Indian journal of veterinary science and animal husbandry - Volumes 24-25, 1954-1955
Year: 1954
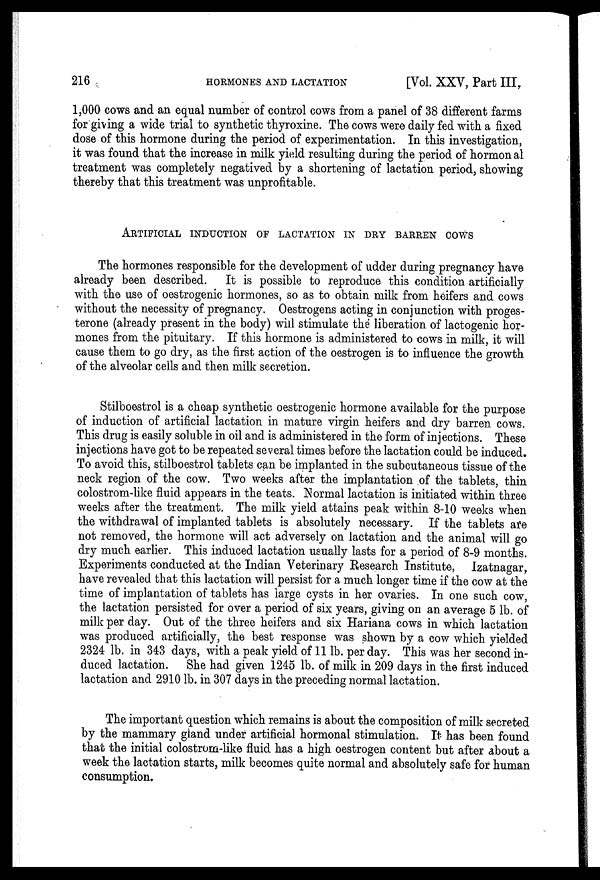
216
HORMONES AND LACTATION
[Vol. XXV, Part III,
1,000 cows and an equal number of control cows from a panel of 38 different farms
for giving a wide trial to synthetic thyroxine. The cows were daily fed with a fixed
dose of this hormone during the period of experimentation. In this investigation,
it was found that the increase in milk yield resulting during the period of hormonal
treatment was completely negatived by a shortening of lactation period, showing
thereby that this treatment was unprofitable.
ARTIFICIAL INDUCTION OF LACTATION IN DRY BARREN COWS
The hormones responsible for the development of udder during pregnancy have
already been described. It is possible to reproduce this condition artificially
with the use of oestrogenic hormones, so as to obtain milk from heifers and cows
without the necessity of pregnancy. Oestrogens acting in conjunction with proges-
terone (already present in the body) will stimulate the liberation of lactogenic hor-
mones from the pituitary. If this hormone is administered to cows in milk, it will
cause them to go dry, as the first action of the oestrogen is to influence the growth
of the alveolar cells and then milk secretion.
Stilboestrol is a cheap synthetic oestrogenic hormone available for the purpose
of induction of artificial lactation in mature virgin heifers and dry barren cows.
This drug is easily soluble in oil and is administered in the form of injections. These
injections have got to be repeated several times before the lactation could be induced.
To avoid this, stilboestrol tablets can be implanted in the subcutaneous tissue of the
neck region of the cow. Two weeks after the implantation of the tablets, thin
colostrom-like fluid appears in the teats. Normal lactation is initiated within three
weeks after the treatment. The milk yield attains peak within 8.10 weeks when
the withdrawal of implanted tablets is absolutely necessary. If the tablets are
not removed, the hormone will act adversely on lactation and the animal will go
dry much earlier. This induced lactation usually lasts for a period of 8.9 months.
Experiments conducted at the Indian Veterinary Research Institute, Izatnagar,
have revealed that this lactation will persist for a much longer time if the cow at the
time of implantation of tablets has large cysts in her ovaries. In one such cow,
the lactation persisted for over a period of six years, giving on an average 5 lb. of
milk per day. Out of the three heifers and six Hariana cows in which lactation
was produced artificially, the best response was shown by a cow which yielded
2324 lb. in 343 days, with a peak yield of 11 lb. per day. This was her second in-
duced lactation. She had given 1245 lb. of milk in 209 days in the first induced
lactation and 2910 lb. in 307 days in the preceding normal lactation.
The important question which remains is about the composition of milk secreted
by the mammary gland under artificial hormonal stimulation. It has been found
that the initial colostrom-like fluid has a high oestrogen content but after about a
week the lactation starts, milk becomes quite normal and absolutely safe for human
consumption.